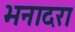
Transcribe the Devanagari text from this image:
भनादरा